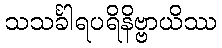
သသင်္ခါရပရိနိဗ္ဗာယိဿ